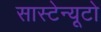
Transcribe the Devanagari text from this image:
सास्टेन्यूटो